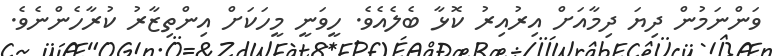
ވަންނަމުން ދިޔަ ދިމާއަށް އިރުއިރު ކޮޅާ ބެލެއެވެ. ހީވަނީ މީހަކަށް އިންތިޒާރު ކުރާހެންނެވެ.